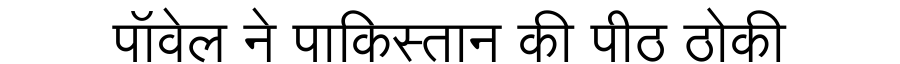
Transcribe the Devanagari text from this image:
पॉवेल ने पाकिस्तान की पीठ ठोकी